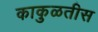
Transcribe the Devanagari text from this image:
काकुळतीस